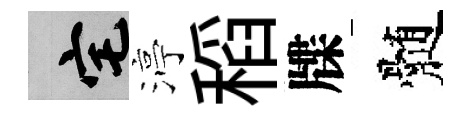
宅渟稻牒髄